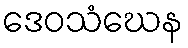
ဒေဝသံဃေန